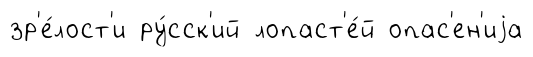
зр'е́лост'и ру́сск'ий лопаст'е́й опас'ен'иjа